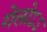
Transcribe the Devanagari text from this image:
गेलोऽऽ